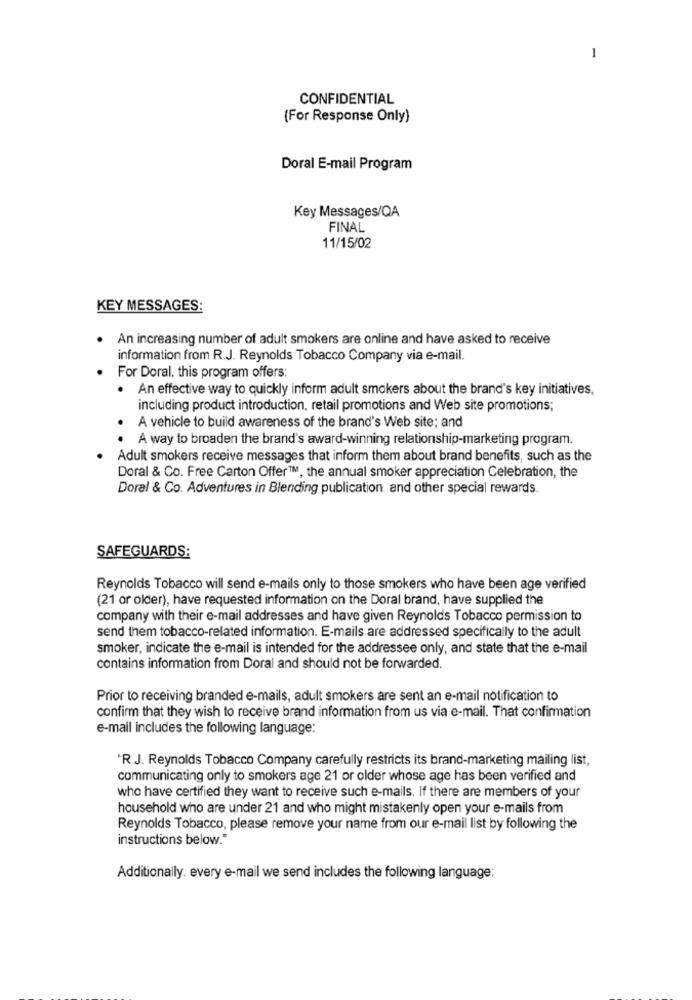
-
CONFIDENTIAL
(For Response Only)
Doral E-mail Program
Key Messages/QA
FINAL
11/15/02
KEY MESSAGES:
An increasing number of adult smokers are online and have asked to receive
information from R.J. Reynolds Tobacco Company via e-mail.
For Doral. this program offers:
. An effective way to quickly inform adult smokers about the brand's key initiatives,
including product introduction, retail promotions and Web site promotions;
A vehicle to build awareness of the brand's Web site; and
A way to broaden the brand's award-winning relationship-marketing program.
Adult smokers receive messages that inform them about brand benefits, such as the
Doral & Co. Free Carton Offer1M, the annual smoker appreciation Celebration, the
Doral & Co. Adventures in Blending publication and other special rewards.
SAFEGUARDS:
Reynolds Tobacco will send e-mails only to those smokers who have been age verified
(21 or older), have requested information on the Doral brand, have supplied the
company with their e-mail addresses and have given Reynolds Tobacco permission to
send them tobacco-related information. E-mails are addressed specifically to the adult
smoker, indicate the e-mail is intended for the addressee only, and state that the e-mail
contains information from Doral and should not be forwarded.
Prior to receiving branded e-mails, adult smokers are sent an e-mail notification to
confirm that they wish to receive brand information from us via e-mail. That confirmation
e-mail includes the following language:
"R.J. Reynolds Tobacco Company carefully restricts its brand-marketing mailing list,
communicating only to smokers age 21 or older whose age has been verified and
who have certified they want to receive such e-mails. If there are members of your
household who are under 21 and who might mistakenly open your e-mails from
Reynolds Tobacco, please remove your name from our e-mail list by following the
instructions below."
Additionally, every e-mail we send includes the following language: